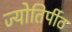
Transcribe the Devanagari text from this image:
ज्योतिर्पीठ